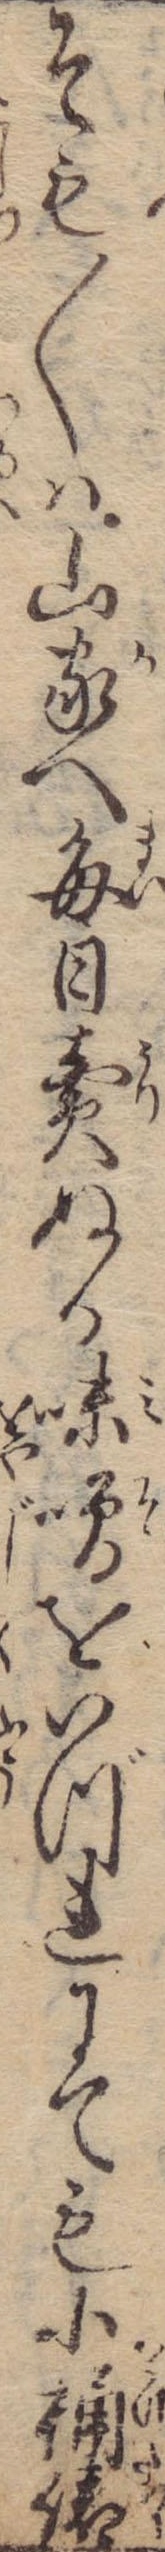
そも〱は山家へ毎日売ぬる味噌をいづれにても小桶俵